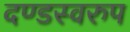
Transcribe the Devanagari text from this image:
दण्डस्वरुप